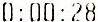
0:00:28